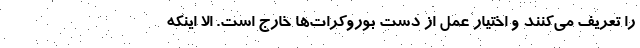
را تعریف می‌کنند و اختیار عمل از دست بوروکرات‌ها خارج است. الا اینکه